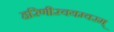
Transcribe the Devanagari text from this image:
हरिणीस्वयम्वरम्